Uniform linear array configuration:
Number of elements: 48
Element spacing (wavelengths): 1
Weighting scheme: uniform
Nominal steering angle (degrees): -15
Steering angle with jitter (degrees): -16.197
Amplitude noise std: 0.05
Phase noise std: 0.05

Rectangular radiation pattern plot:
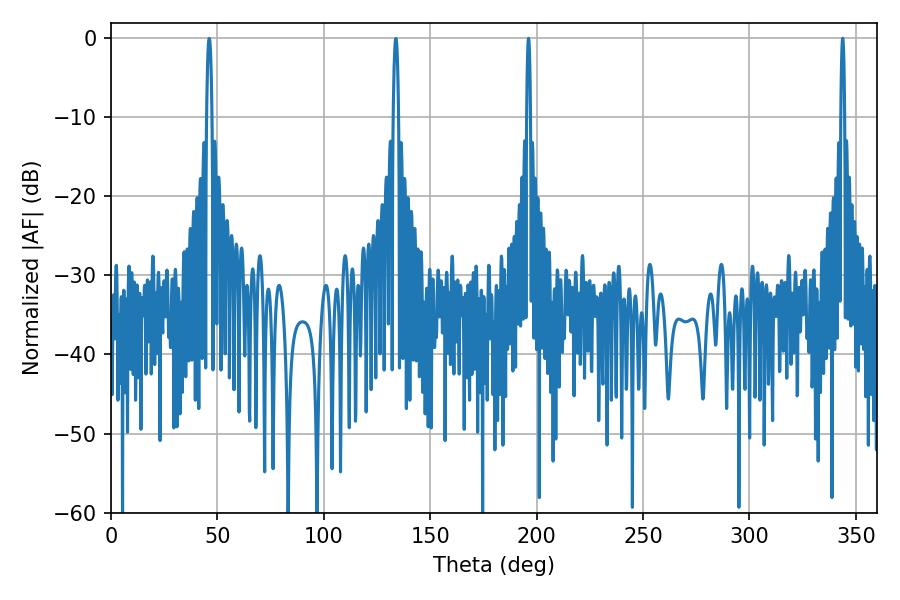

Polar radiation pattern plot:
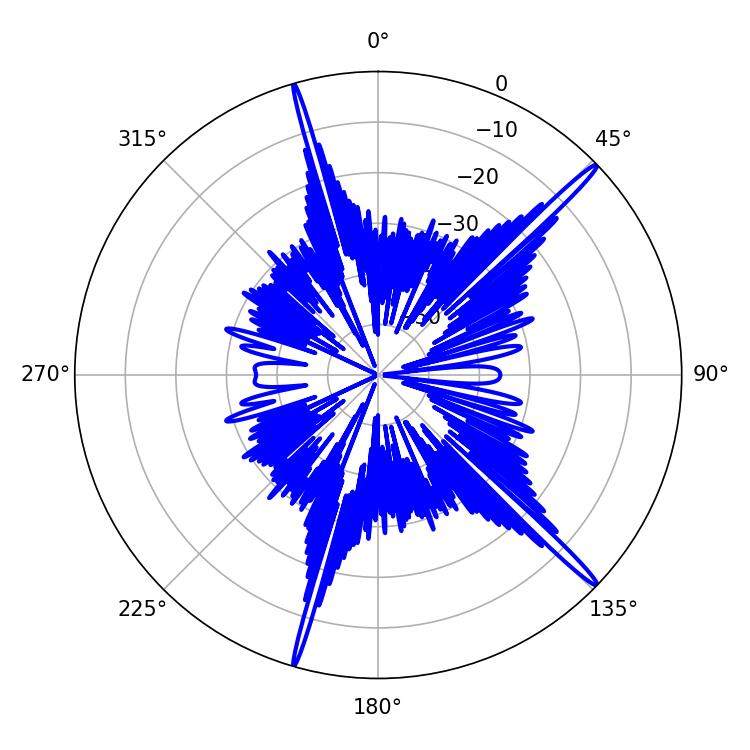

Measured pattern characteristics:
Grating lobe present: TRUE
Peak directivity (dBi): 18.116
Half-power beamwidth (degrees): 1.08
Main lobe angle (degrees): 343.8